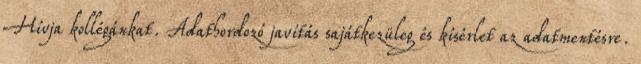
Hívja kollégánkat. Adathordozó javítás sajátkezüleg és kísérlet az adatmentésre.